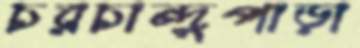
চরচান্দুপাড়া